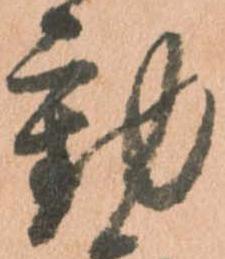
動